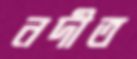
নদীত